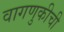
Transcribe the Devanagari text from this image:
वागणुकीची